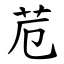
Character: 苊